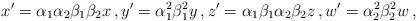
LaTeX: \begin{align*}x^\prime = \alpha_1 \alpha_2 \beta_1 \beta_2 x \, , y^\prime = \alpha_1^2 \beta_1^2 y \, , z^\prime = \alpha_1 \beta_1 \alpha_2 \beta_2 z \, , w^\prime = \alpha_2^2 \beta_2^2 w \, , \end{align*}